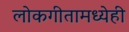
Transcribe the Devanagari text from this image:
लोकगीतामध्येही